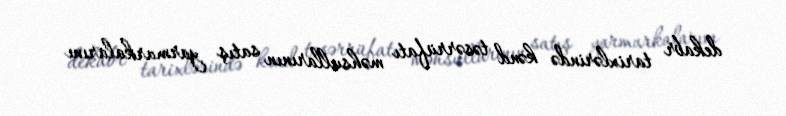
dekabr tarixlərində kənd təsərrüfatı məhsullarının satış yarmarkalarını